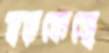
হড়কেছে